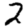
Digit: 2